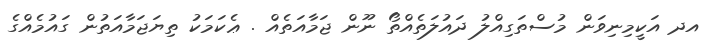
އދ އަކީމިނިވަން މުސްތަގިއްލު ދައުލަތެއްތޯ ނޫން ޖަމާއަތެއް . ޢެކަމަކު ތިޔަޖަމާއަތުން ގައުމެއްގެ